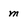
Character: m